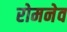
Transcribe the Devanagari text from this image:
रोमनेव